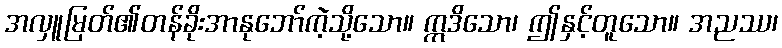
အလှူမြတ်၏တန်ခိုးအာနုဘော်ကဲ့သို့သော။ ဣဒိသော၊ ဤနှင့်တူသော။ အညဿ၊